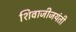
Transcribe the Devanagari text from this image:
शिवाजीजयंती